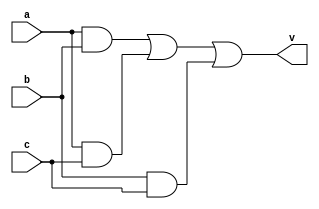
// Diseo:      votador
// Archivo:     votador-f.v
// Descripcin: Simulacin con banco de pruebas (test bench)
// Autor:       Jorge Juan <jjchico@gmail.com>
// Fecha:       10-11-2009 (versin original)

/*
   Leccin 2-2: Simulacin con banco de pruebas

   En este archivo realizaremos el mismo circuito votador pero mediante una
   descripcin funcional. Ms adelante compararemos el resultado de simular
   esta descripcin con la descripcin procedimental en votador.v.

   En general, una descripcin funcional es ms cercana a la implementacin
   final, es ms facilmente sintetizable y permite una simulacin ms
   eficiente, pero requiere un trabajo previo por parte del diseador, por lo
   que suele emplearse para casos sencillos o para aquellos problemas que de
   forma natural presentan una descripcin funcional sencilla.
*/

// Definimos la escala de tiempo para el simulador
`timescale 1ns / 1ps

/* Llamamos a este mdulo "votador_f" para distinguirlo de la versin
 * procedimental llamada "votador" */
module votador_f (
    output wire v,
    input wire a,
    input wire b,
    input wire c
    );

    /* Describimos la funcin mediante una estructura "assign". A la vista de
     * la expresin es fcil observar que la salida del circuito valdr "1"
     * cuando dos entradas cuales quiera sean "1". */
    assign v = a&b | a&c | b&c;

endmodule // votador_f

/*
   EJERCICIO

   1. Comprueba que el archivo no tiene errores copilndolo con:
    $ iverilog votador-f.v

   La leccin sigue en el archivo votador-f_tb.v.
*/